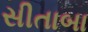
સીતાબા